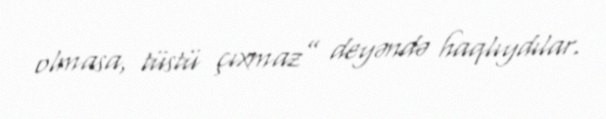
olmasa, tüstü çıxmaz” deyəndə haqlıydılar.